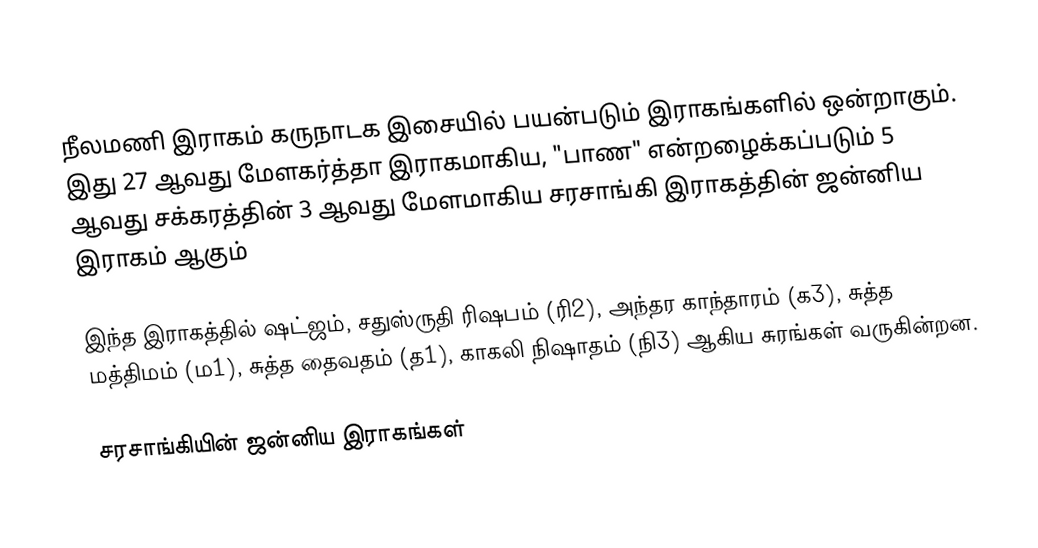
நீலமணி இராகம் கருநாடக இசையில் பயன்படும் இராகங்களில் ஒன்றாகும். இது 27 ஆவது மேளகர்த்தா இராகமாகிய, "பாண" என்றழைக்கப்படும் 5 ஆவது சக்கரத்தின் 3 ஆவது மேளமாகிய சரசாங்கி இராகத்தின் ஜன்னிய இராகம் ஆகும்

இந்த இராகத்தில் ஷட்ஜம், சதுஸ்ருதி ரிஷபம் (ரி2),  அந்தர காந்தாரம் (க3), சுத்த மத்திமம் (ம1), சுத்த தைவதம் (த1), காகலி நிஷாதம்  (நி3) ஆகிய சுரங்கள் வருகின்றன.

சரசாங்கியின் ஜன்னிய இராகங்கள்